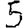
Digit: 5